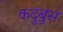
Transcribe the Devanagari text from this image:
कदुबुस